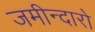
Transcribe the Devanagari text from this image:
जमीन्दारो